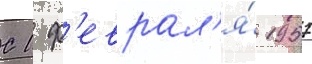
С 1 ф'еврал'я́ 1957